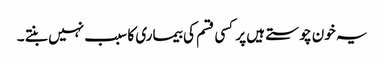
یہ خون چوستے ہیں پر کسی قسم کی بیماری کا سبب نہیں بنتے ۔